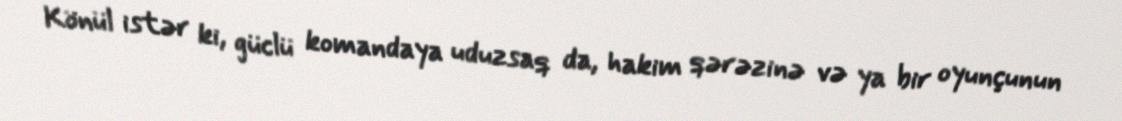
Könül istər ki, güclü komandaya uduzsaq da, hakim qərəzinə və ya bir oyunçunun